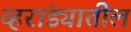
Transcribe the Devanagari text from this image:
व्हरांड्यातील